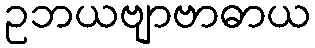
ဥဘယဗျာဗာဓာယ